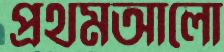
প্রথমআলো